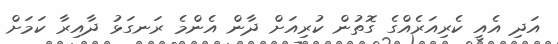
އަދި އެއީ ކެރިއަރެއްގެ ގޮތުން ކުރިއަށް ދާން އެންމެ ރަނގަޅު ދާއިރާ ކަމަށް